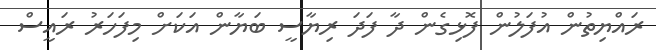
ރައްޔިތުން އުފަލުން ފޮޅިގެން ދާ ފަދަ ރިޔާސީ ބަޔާން އަކަށް މިފަހަރު ރައީސް